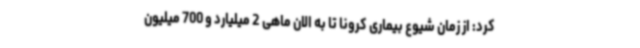
کرد: از زمان شیوع بیماری کرونا تا به الان ماهی 2 میلیارد و 700 میلیون